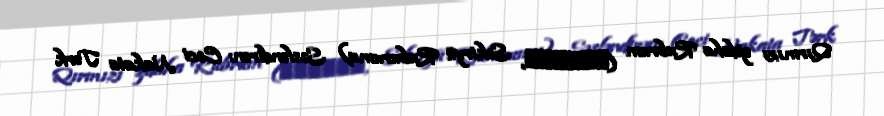
Qırmızı əjdaha Rubrum (赤龍ルブルム, Sekiryū Ruburumu) Səsləndirən: Coci Nakata Tərk